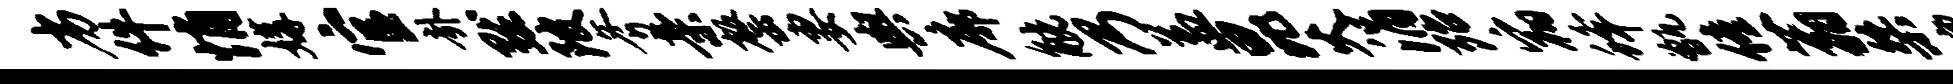
劣件悄媾官卦默陂斧亲罄妻舆廓觥乃益昆火涓殆宿蜂甑僮蓊桀凛